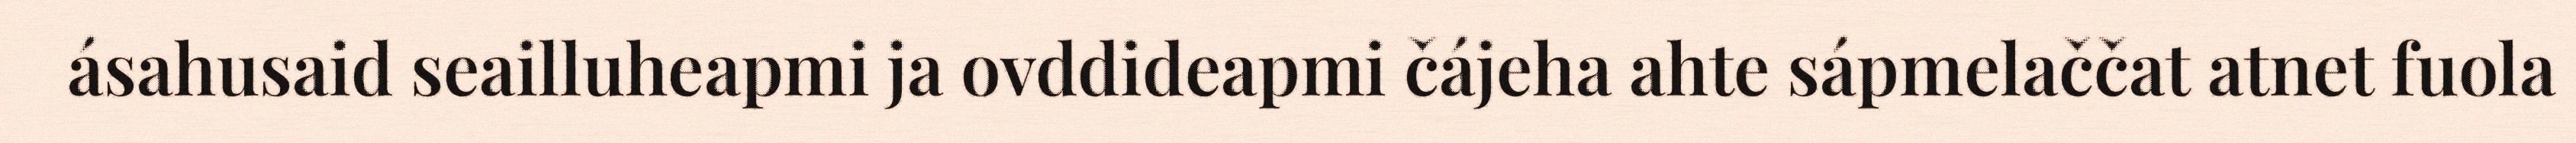
ásahusaid seailluheapmi ja ovddideapmi čájeha ahte sápmelaččat atnet fuola